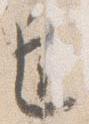
逢